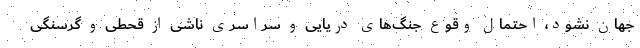
جهان نشود، احتمال وقوع جنگ‌های دریایی و سراسری ناشی از قحطی و گرسنگی